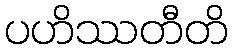
ပဟိဿတီတိ